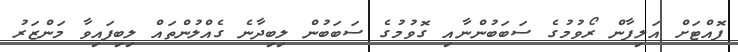
ފޮއްޓަށް އަލިފާން ރޯވުމުގެ ސަބަބުންނާއި ގޮވުމުގެ ސަބަބުން ލިބިދާނެ ގެއްލުންތައް ލިބިފައިވާ މަންޒަރު